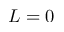
L = 0